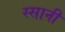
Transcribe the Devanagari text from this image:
स्सानी